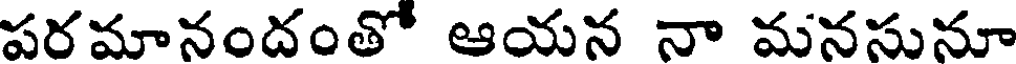
పరమానందంతో ఆయన నా మనసునూ